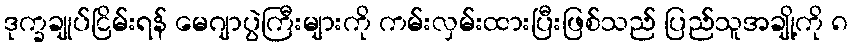
ဒုက္ခချုပ်ငြိမ်းရန် မေဂျာပွဲကြီးများကို ကမ်းလှမ်းထားပြီးဖြစ်သည် ပြည်သူအချို့ကို ၈